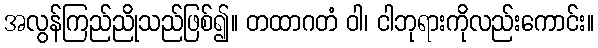
အလွန်ကြည်ညိုသည်ဖြစ်၍။ တထာဂတံ ဝါ၊ ငါဘုရားကိုလည်းကောင်း။